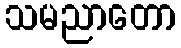
သမညာတော